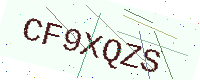
Text: CF9XQZS